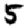
Digit: 5